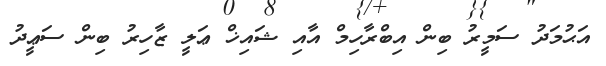
އަޙުމަދު ސަމީރު ބިން އިބްރާހިމް އާއި ޝައިޚް ޢަލީ ޒާހިރު ބިން ސަޢީދު